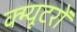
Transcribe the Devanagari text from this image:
क्म्यूटरों